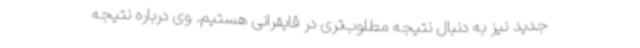
جدید نیز به دنبال نتیجه مطلوب‌تری در قایقرانی هستیم. وی درباره نتیجه